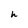
Character: h